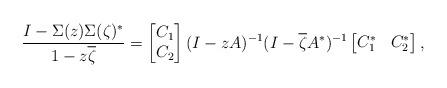
LaTeX: \begin{align*}\frac{I-\Sigma(z)\Sigma(\zeta)^*}{1-z\overline{\zeta}}=\begin{bmatrix}C_1\\C_2\end{bmatrix}(I-zA)^{-1}(I-\overline{\zeta}A^*)^{-1}\begin{bmatrix}C_1^*&C_2^*\end{bmatrix},\end{align*}